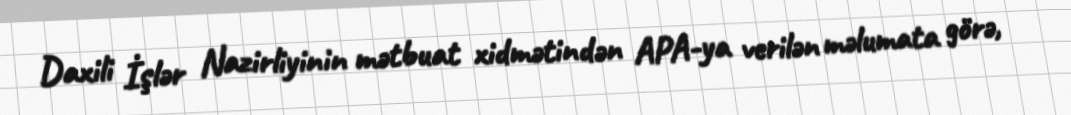
Daxili İşlər Nazirliyinin mətbuat xidmətindən APA-ya verilən məlumata görə,